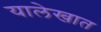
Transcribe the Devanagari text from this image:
यालेखात